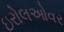
ઇરોલઓવર